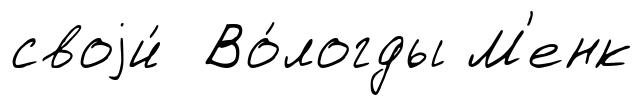
своjи́ Во́логды М'енк